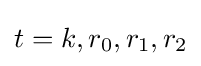
t=k,r_{0},r_{1},r_{2}